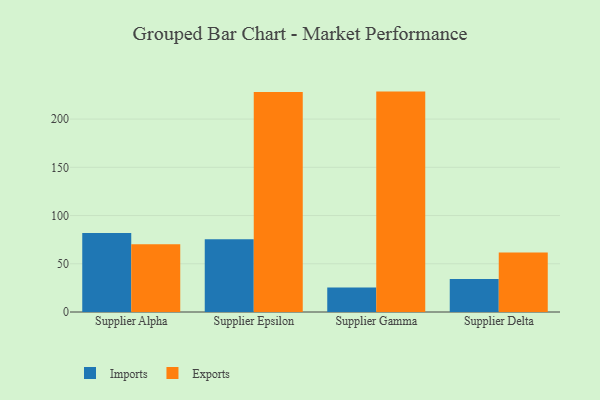
{"axis": {"x": "Supplier", "y": "Bounce Rate (%)"}, "legend": ["Exports", "Imports"], "data": [{"x": "Supplier Alpha", "y": 82.0, "type": "Imports"}, {"x": "Supplier Alpha", "y": 70.2, "type": "Exports"}, {"x": "Supplier Epsilon", "y": 75.4, "type": "Imports"}, {"x": "Supplier Epsilon", "y": 228.2, "type": "Exports"}, {"x": "Supplier Gamma", "y": 25.3, "type": "Imports"}, {"x": "Supplier Gamma", "y": 228.5, "type": "Exports"}, {"x": "Supplier Delta", "y": 34.2, "type": "Imports"}, {"x": "Supplier Delta", "y": 61.7, "type": "Exports"}]}